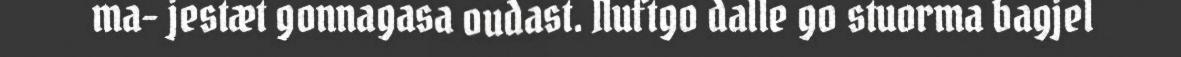
ma- jestæt gonnagasa oudast. Nuftgo dalle go stuorma bagjel